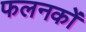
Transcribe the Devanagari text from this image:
फलनकों